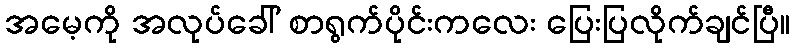
အမေ့ကို အလုပ်ခေါ် စာရွက်ပိုင်းကလေး ပြေးပြလိုက်ချင်ပြီ။